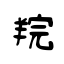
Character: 羦